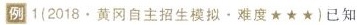
例1(2018·黄冈自主招生模拟。难度★★★)已知